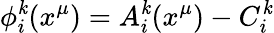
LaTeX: \phi_{i}^{\mathit{k}}(x^{\mu})=A_{i}^{\mathit{k}}(x^{\mu})-C_{i}^{\mathit{k}}